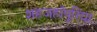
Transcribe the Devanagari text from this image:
शहजहाँपुरिया